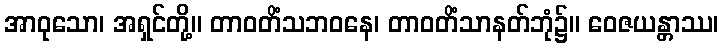
အာဝုသော၊ အရှင်တို့။ တာဝတိံသဘဝနေ၊ တာဝတိံသာနတ်ဘုံ၌။ ဝေဇယန္တာဿ၊